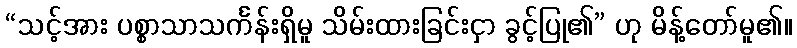
“သင့်အား ပစ္စာသာသင်္ကန်းရှိမူ သိမ်းထားခြင်းငှာ ခွင့်ပြု၏” ဟု မိန့်တော်မူ၏။